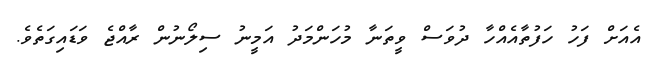
އެއަށް ފަހު ހަފުތާއެއްހާ ދުވަސް ވީތަނާ މުހަންމަދު އަމީނު ސިލޯނުން ރާއްޖެ ވަޑައިގަތެވެ.